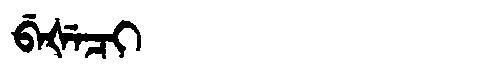
Manchu: ᠪᡝᡧᡝᠴᡳ
Romanization: BEŠECI